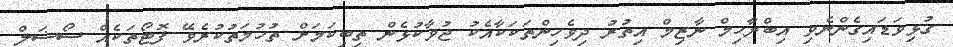
ގުޅިވަޑައިގެންނެވި އިބްރާހިމް ނާޒިމް އިތުރު ދިވެހިންތަކަކާއެކު ޖުވާކުޅެން ތިބިކަމަށް ތުހުމަތުކުރެވޭ ފޮޓޯތަކެއް ސޯޝަލް